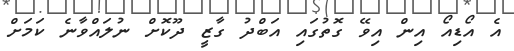
އެ އޯޑިއޯ އިން އިވޭ ގޮތުގައި އަބްދު ގާޒީ ދޫކޮށް ނުލައްވާނެ ކަމަށް